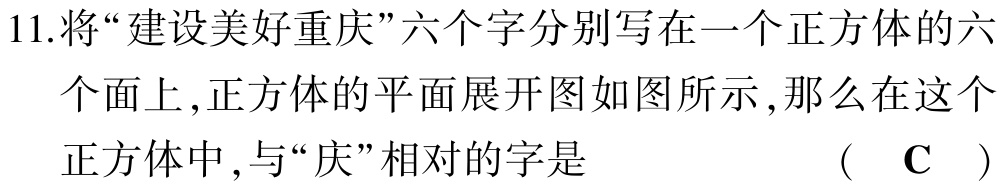
11.将“建设美好重庆”六个字分别写在一个正方体的六个面上,正方体的平面展开图如图所示,那么在这个正方体中,与“庆”相对的字是  （ C ）